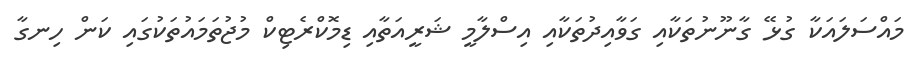
މައްސަލައަކާ ގުޅޭ ގާނޫނުތަކާއި ގަވާއިދުތަކާއި އިސްލާމީ ޝަރީއަތާއި ޑިމޮކްރެޓިކް މުޖުތަމައުތަކުގައި ކަން ހިނގާ